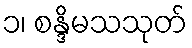
၁၊ စန္ဒိမသသုတ်